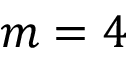
m = 4